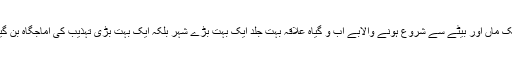
ایک ماں اور بیٹے سے شروع ہونے والابے آب و گیاہ علاقہ بہت جلد ایک بہت بڑے شہر بلکہ ایک بہت بڑی تہذیب کی آماجگاہ بن گیا۔